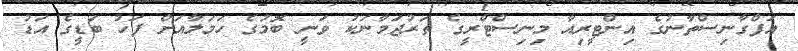
އަފްގާނިސްތާނުގެ އިންޓީރިއާ މިނިސްޓްރީގެ ތަރުޖަމާނަކު ވަނީ ބޮމުގެ ހަމަލާއަށް ފަހު ބަޑީގެ އަޑު